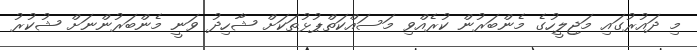
މި ދައުރުގައި މަޖިލީހުގެ މެންބަރުން ކުރެއްވި މަސައްކަތްޕުޅުތަކަށް ޝާހިދު ވަނީ މެންބަރުންނަށް ޝުކުރު